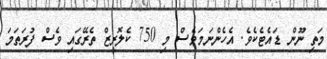
މަތި ނޫން ޑައެޓެކެވެ. އެހެންނަމަވެސް މި 750 ކެލޮރީޒް ތެރޭގައި ވެސް ފުރަތަމަ